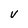
Character: V